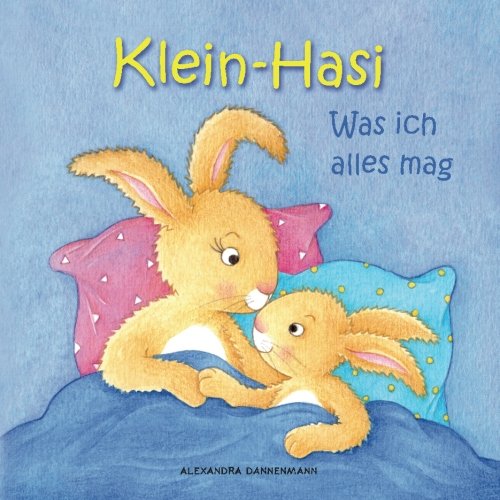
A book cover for Klein-Hasi - Was ich alles mag. Ein Bilderbuch fÃ¼r die Kleinsten. (German Edition); Alexandra Dannenmann; Children's Books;